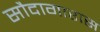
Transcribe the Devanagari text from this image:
सौदागारास